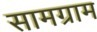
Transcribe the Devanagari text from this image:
सामग्राम